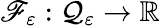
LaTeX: \mathscr{F}_{\varepsilon}:\mathcal{Q}_{\varepsilon}\to\mathbb{R}